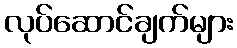
လုပ်ဆောင်ချက်များ